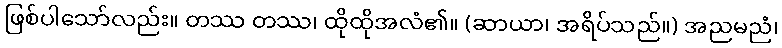
ဖြစ်ပါသော်လည်း။ တဿ တဿ၊ ထိုထိုအလံ၏။ (ဆာယာ၊ အရိပ်သည်။) အညမညံ၊